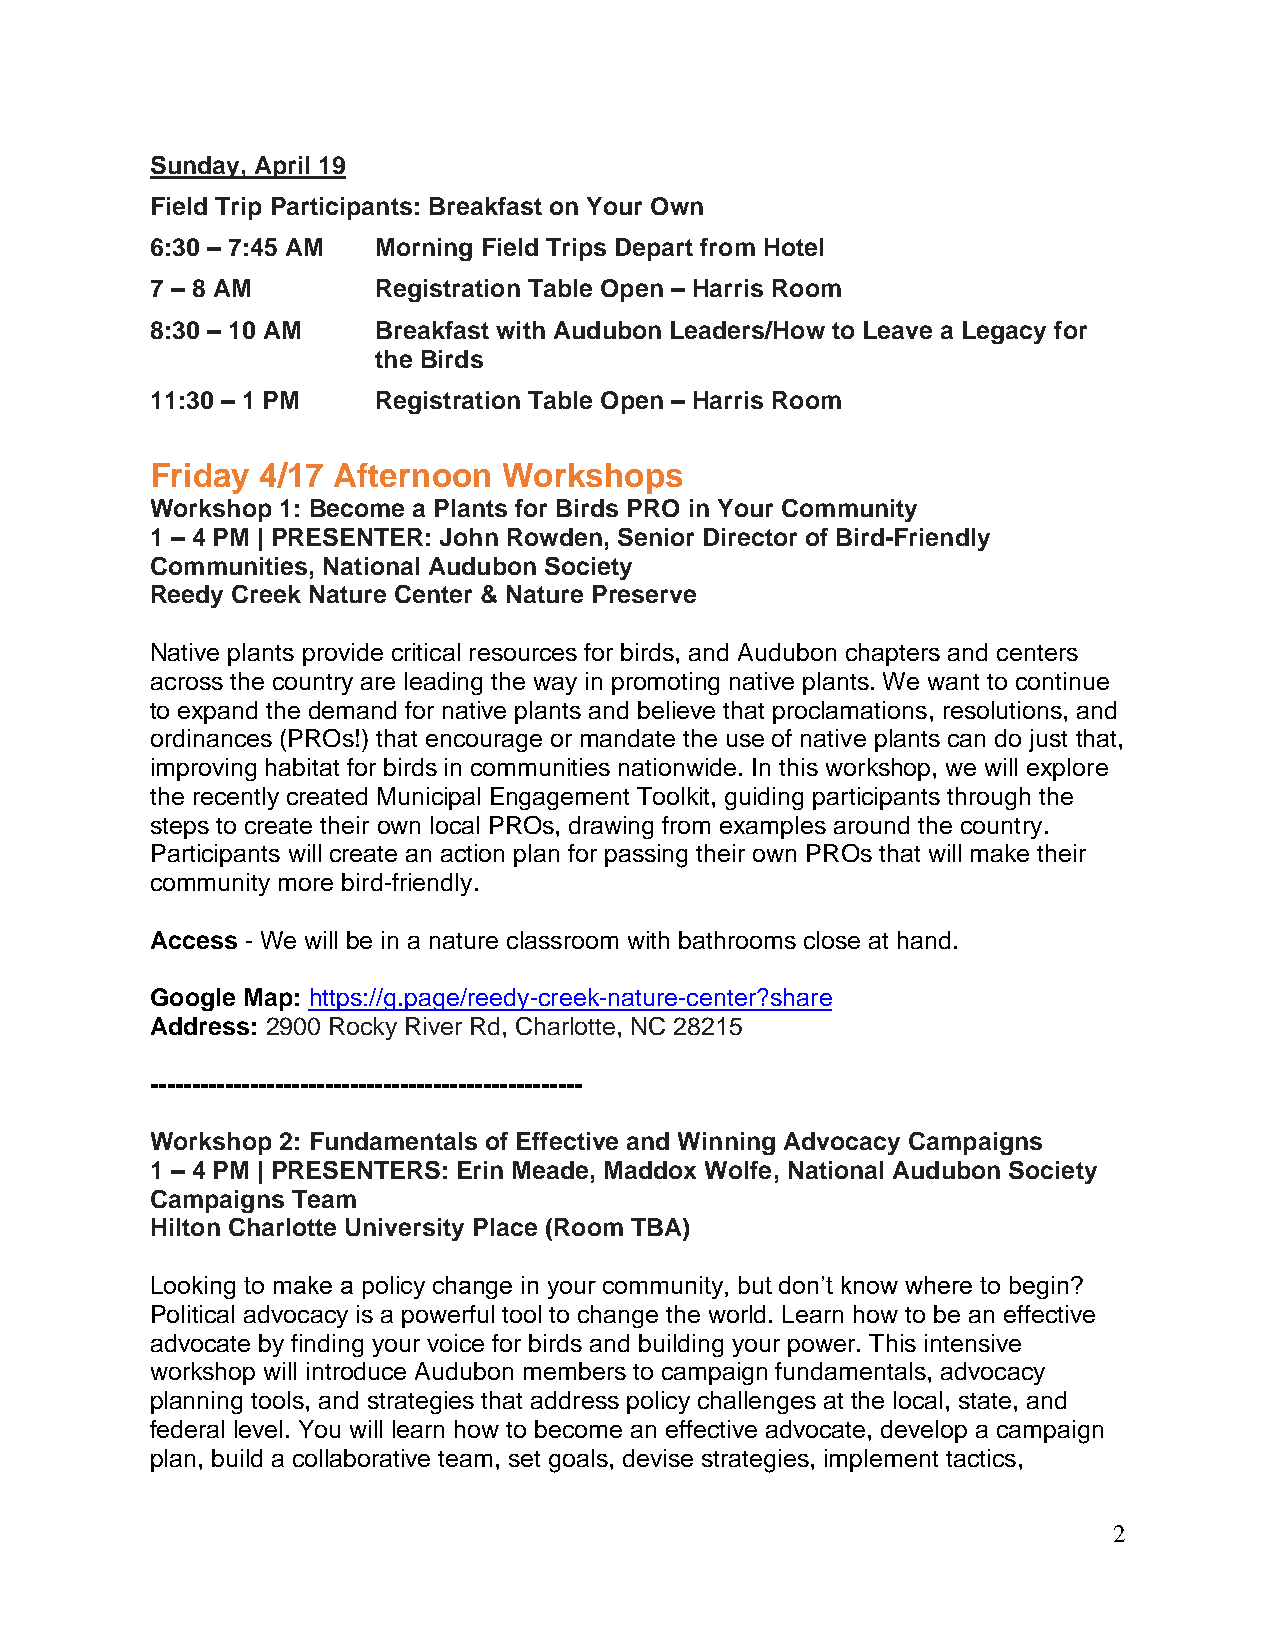
Sunday, April 19
 Field Trip Participants: Breakfast on Your Own
 6:30 – 7:45 AM Morning Field Trips Depart from Hotel
 7 – 8 AM       Registration Table Open – Harris Room
 8:30 – 10 AM   Breakfast with Audubon Leaders/How to Leave a Legacy for
 the Birds
 11:30 – 1 PM   Registration Table Open – Harris Room
 Friday 4/17 Afternoon  Workshops
 Workshop 1: Become a Plants for Birds PRO in Your Community
 1 – 4 PM | PRESENTER: John Rowden, Senior Director of Bird-Friendly
 Communities, National Audubon Society
 Reedy Creek Nature Center & Nature Preserve
 Native plants provide critical resources for birds, and Audubon chapters and centers
 across the country are leading the way in promoting native plants. We want to continue
 to expand the demand for native plants and believe that proclamations, resolutions, and
 ordinances (PROs!) that encourage or mandate the use of native plants can do just that,
 improving habitat for birds in communities nationwide. In this workshop, we will explore
 the recently created Municipal Engagement Toolkit, guiding participants through the
 steps to create their own local PROs, drawing from examples around the country.
 Participants will create an action plan for passing their own PROs that will make their
 community more bird-friendly.
 Access - We will be in a nature classroom with bathrooms close at hand.
 Google Map: https://g.page/reedy-creek-nature-center?share
 Address: 2900 Rocky River Rd, Charlotte, NC 28215
 ----------------------------------------------------
 Workshop 2: Fundamentals of Effective and Winning Advocacy Campaigns
 1 – 4 PM | PRESENTERS: Erin Meade, Maddox Wolfe, National Audubon Society
 Campaigns Team
 Hilton Charlotte University Place (Room TBA)
 Looking to make a policy change in your community, but don’t know where to begin?
 Political advocacy is a powerful tool to change the world. Learn how to be an effective
 advocate by finding your voice for birds and building your power. This intensive
 workshop will introduce Audubon members to campaign fundamentals, advocacy
 planning tools, and strategies that address policy challenges at the local, state, and
 federal level. You will learn how to become an effective advocate, develop a campaign
 plan, build a collaborative team, set goals, devise strategies, implement tactics,
 2